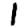
Digit: 1